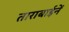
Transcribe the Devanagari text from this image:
ताराबाईनें